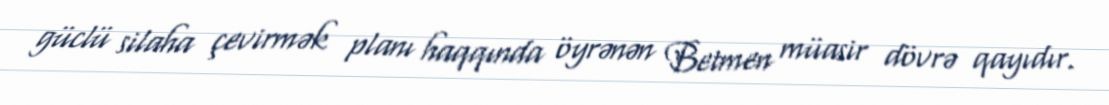
güclü silaha çevirmək planı haqqında öyrənən Betmen müasir dövrə qayıdır.